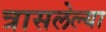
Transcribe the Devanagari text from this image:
त्रासलेल्या